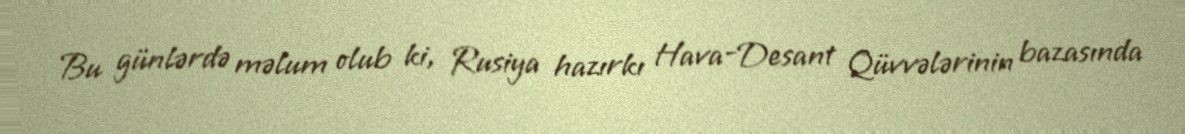
Bu günlərdə məlum olub ki, Rusiya hazırkı Hava-Desant Qüvvələrinin bazasında